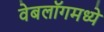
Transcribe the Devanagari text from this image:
वेबलॉगमध्ये